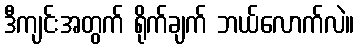
ဒီကျင်းအတွက် ရိုက်ချက် ဘယ်လောက်လဲ။